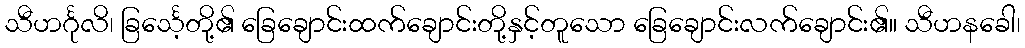
သီဟင်္ဂုလိ၊ ခြင်္သေ့တို့၏ ခြေချောင်းထက်ချောင်းတို့နှင့်တူသော ခြေချောင်းလက်ချောင်း၏။ သီဟနခေါ၊